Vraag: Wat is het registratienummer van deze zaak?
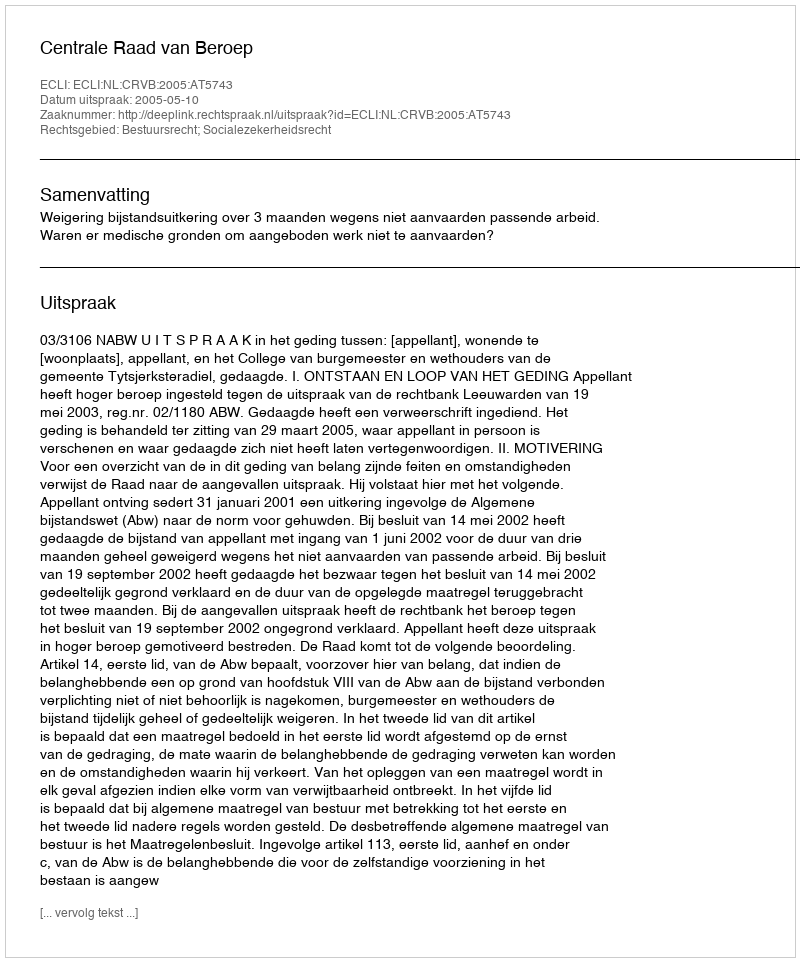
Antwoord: http://deeplink.rechtspraak.nl/uitspraak?id=ECLI:NL:CRVB:2005:AT5743